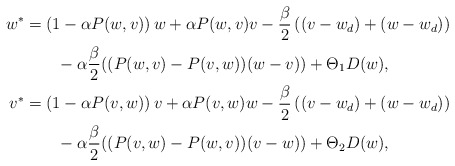
\begin{align*}\begin{aligned}w^*&=\left(1-\alpha P(w,v)\right)w+\alpha P(w,v)v-\frac{\beta}{2}\left((v-w_d)+(w-w_d)\right)\\&\qquad-\alpha\frac{\beta}{2}((P(w,v)-P(v,w))(w-v))+\Theta_1 D(w),\\v^*&=\left(1-\alpha P(v,w)\right)v+\alpha P(v,w)w-\frac{\beta}{2} \left((v-w_d)+(w-w_d)\right)\\&\qquad-\alpha\frac{\beta}{2}((P(v,w)-P(w,v))(v-w))+\Theta_2 D(w),\\\end{aligned}\end{align*}